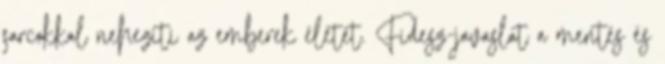
sarcokkal nehezíti az emberek életét. Fidesz-javaslat a mentés és